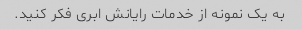
به یک نمونه از خدمات رایانش ابری فکر کنید.